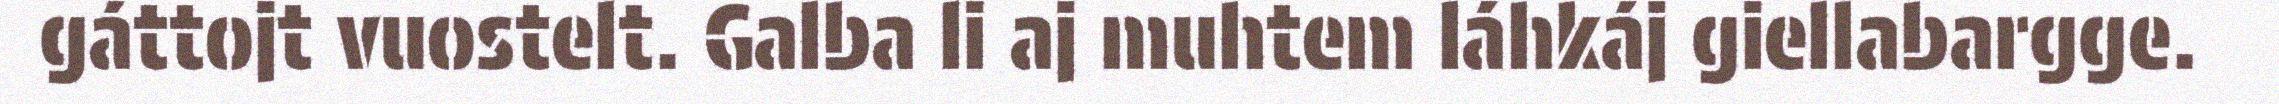
gáttojt vuostelt. Galba li aj muhtem láhkáj giellabargge.